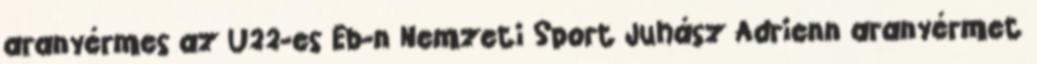
aranyérmes az U22-es Eb-n Nemzeti Sport Juhász Adrienn aranyérmet